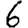
Digit: 6